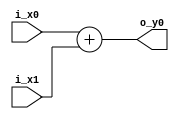
module adder
#(parameter I_X0=1, I_X1=1, O_Y0=1)
(
input signed [I_X0-1:0] i_x0,
input signed [I_X1-1:0] i_x1,
output reg signed [O_Y0-1:0] o_y0);

always @(*) begin
	o_y0=i_x0+i_x1;
	end

endmodule